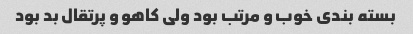
بسته بندی خوب و مرتب بود ولی کاهو و پرتقال بد بود